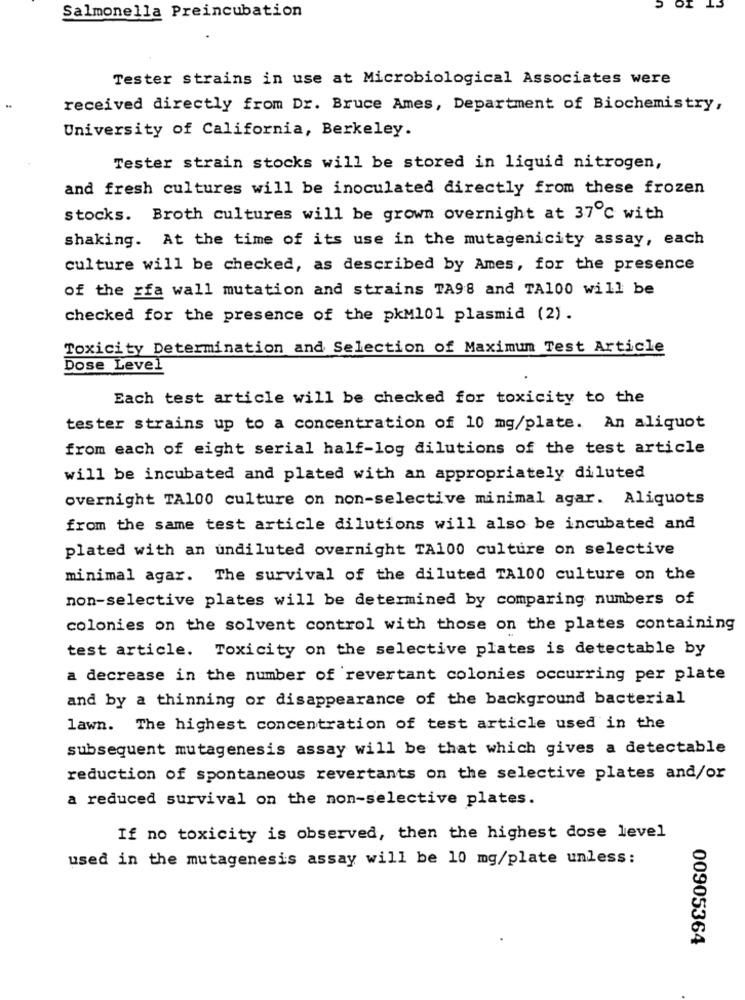
Salmonella Preincubation
Tester strains in use at Microbiological Associates were
received directly from Dr. Bruce Ames, Department of Biochemistry,
University of California, Berkeley.
Tester strain stocks will be stored in liquid nitrogen,
and fresh cultures will be inoculated directly from these frozen
stocks. Broth cultures will be grown overnight at 37℃ with
shaking. At the time of its use in the mutagenicity assay, each
culture will be checked, as described by Ames, for the presence
of the rfa wall mutation and strains TA98 and TA100 will be
checked for the presence of the pkM101 plasmid (2).
Toxicity Determination and Selection of Maximum Test Article
Dose Level
Each test article will be checked for toxicity to the
tester strains up to a concentration of 10 mg/plate. An aliquot
from each of eight serial half-log dilutions of the test article
will be incubated and plated with an appropriately diluted
overnight TA100 culture on non-selective minimal agar. Aliquots
from the same test article dilutions will also be incubated and
plated with an undiluted overnight TA100 culture on selective
minimal agar. The survival of the diluted TA100 culture on the
non-selective plates will be determined by comparing numbers of
colonies on the solvent control with those on the plates containing
test article. Toxicity on the selective plates is detectable by
a decrease in the number of revertant colonies occurring per plate
and by a thinning or disappearance of the background bacterial
lawn. The highest concentration of test article used in the
subsequent mutagenesis assay will be that which gives a detectable
reduction of spontaneous revertants on the selective plates and/or
a reduced survival on the non-selective plates.
If no toxicity is observed, then the highest dose level
used in the mutagenesis assay will be 10 mg/plate unless:
00905364